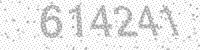
Solution: 614241